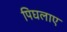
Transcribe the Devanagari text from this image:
पिघलाए